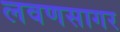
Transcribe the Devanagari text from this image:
लवणसागर